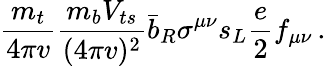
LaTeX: {\frac{m_{t}}{4\pi v}}{\frac{m_{b}V_{ts}}{(4\pi v)^{2}}}\bar{b}_{R}\sigma^{\mu\nu}s_{L}{\frac{e}{2}}f_{\mu\nu}\, .